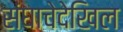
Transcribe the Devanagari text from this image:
संघाचेदेखिल